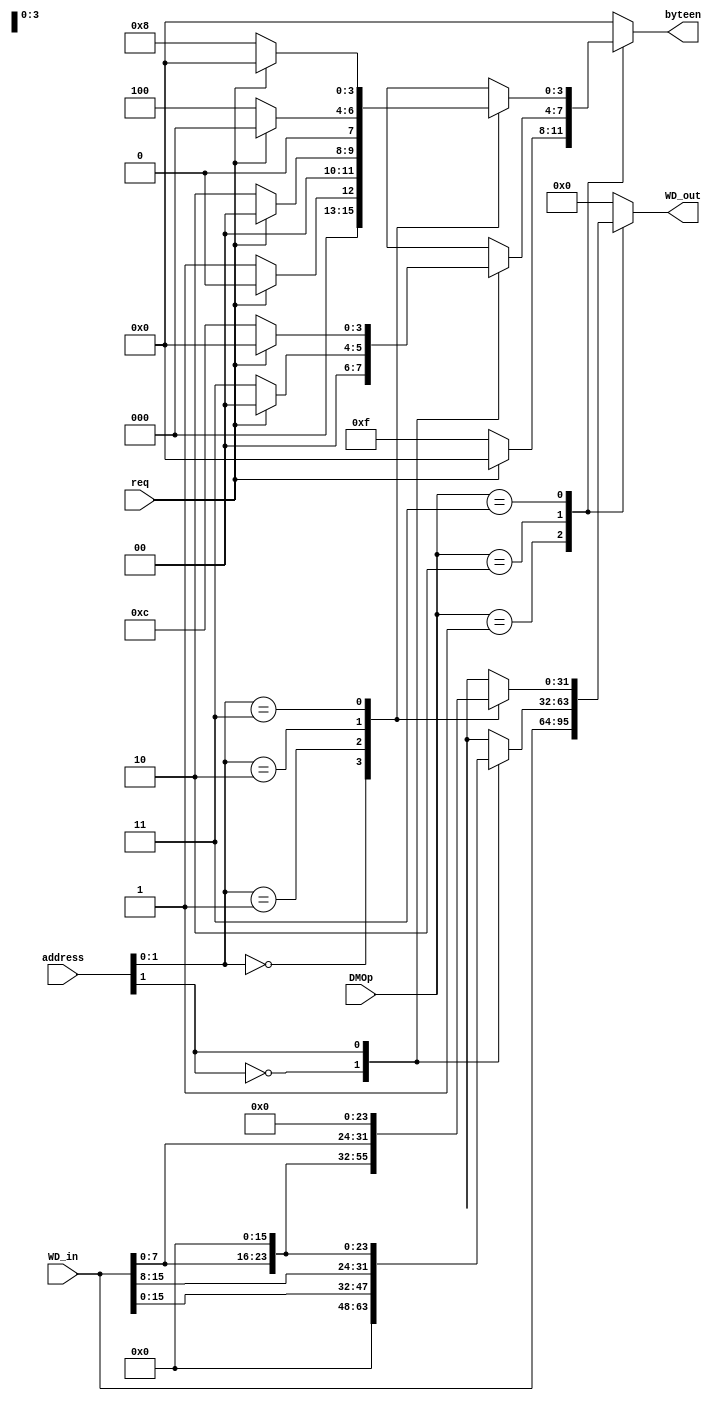
`timescale 1ns / 1ps
//////////////////////////////////////////////////////////////////////////////////
// Company: 
// Engineer: 
// 
// Design Name: 
// Module Name:    BE 
// Project Name: 
// Target Devices: 
// Tool versions: 
// Description: 
//
// Dependencies: 
//
// Revision: 
// Revision 0.01 - File Created
// Additional Comments: 
//
//////////////////////////////////////////////////////////////////////////////////
module BE(
input [31:0] address,
input req,
input [3:0] DMOp,
input [31:0] WD_in,
output reg [3:0] byteen,
output reg [31:0] WD_out
    );
localparam sw = 4'b0001;
localparam sh = 4'b0010;
localparam sb = 4'b0011;
always@(*)begin
	case(DMOp)
	sw:
	begin
	byteen = (req) ? 4'b0000 : 4'b1111;
	WD_out = WD_in;
	end
	sh:
	begin
	case(address[1])
	1'b0:
	begin
	byteen = (req) ? 4'b0000 : 4'b0011;
	WD_out = {16'b0,WD_in[15:0]};
	end
	1'b1:
	begin
	byteen = (req) ? 4'b0000 : 4'b1100;
	WD_out = {WD_in[15:0],16'b0};
	end
	endcase
	end
	sb:
	begin
	case(address[1:0])
	2'b00:
	begin
	byteen = (req) ? 4'b0000 : 4'b0001;
	WD_out = {24'b0,WD_in[7:0]};
	end
	2'b01:
	begin
	byteen = (req) ? 4'b0000 : 4'b0010;
	WD_out = {16'b0,WD_in[7:0],8'b0};
	end
	2'b10:
	begin
	byteen = (req) ? 4'b0000 : 4'b0100;
	WD_out = {8'b0,WD_in[7:0],16'b0};
	end
	2'b11:
	begin
	byteen = (req) ? 4'b0000 : 4'b1000;
	WD_out = {WD_in[7:0],24'b0};
	end
	endcase
	end
	default:
	begin
	byteen = 4'b0000;
	WD_out = 32'b0;
	end
	endcase
end

endmodule